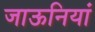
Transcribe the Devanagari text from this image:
जाऊनियां